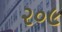
૨૦૯